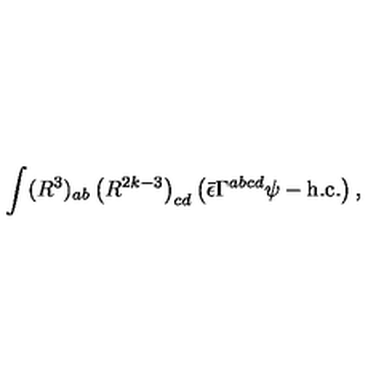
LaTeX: \int ( R ^ { 3 } ) _ { a b } \left( R ^ { 2 k - 3 } \right) _ { c d } \left( \bar { \epsilon } \Gamma ^ { a b c d } \psi - \mathrm { h . c . } \right) ,